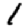
Digit: 1